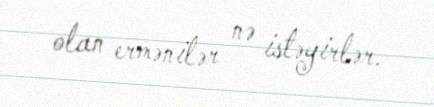
olan ermənilər nə istəyirlər.